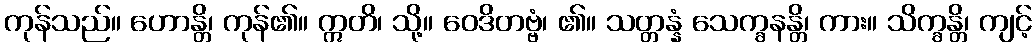
ကုန်သည်။ ဟောန္တိ၊ ကုန်၏။ ဣတိ၊ သို့။ ဝေဒိတဗ္ဗံ၊ ၏။ သတ္တန္နံ သေက္ခနန္တိ၊ ကား။ သိက္ခန္တိ၊ ကျင့်